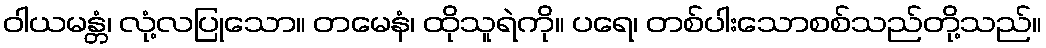
ဝါယမန္တံ၊ လုံ့လပြုသော။ တမေနံ၊ ထိုသူရဲကို။ ပရေ၊ တစ်ပါးသောစစ်သည်တို့သည်။